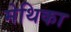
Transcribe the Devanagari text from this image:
मेथिका